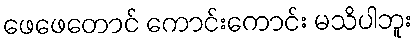
ဖေဖေတောင် ကောင်းကောင်း မသိပါဘူး